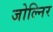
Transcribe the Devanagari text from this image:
जोल्निर